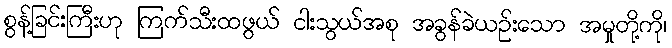
စွန့်ခြင်းကြီးဟု ကြက်သီးထဖွယ် ငါးသွယ်အစု အခွန်ခဲယဉ်းသော အမှုတို့ကို၊